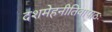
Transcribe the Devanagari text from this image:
दशमेहनीतिवापाठः